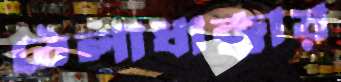
ঠেলাধাক্কায়